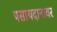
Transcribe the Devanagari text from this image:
पसायदानावर